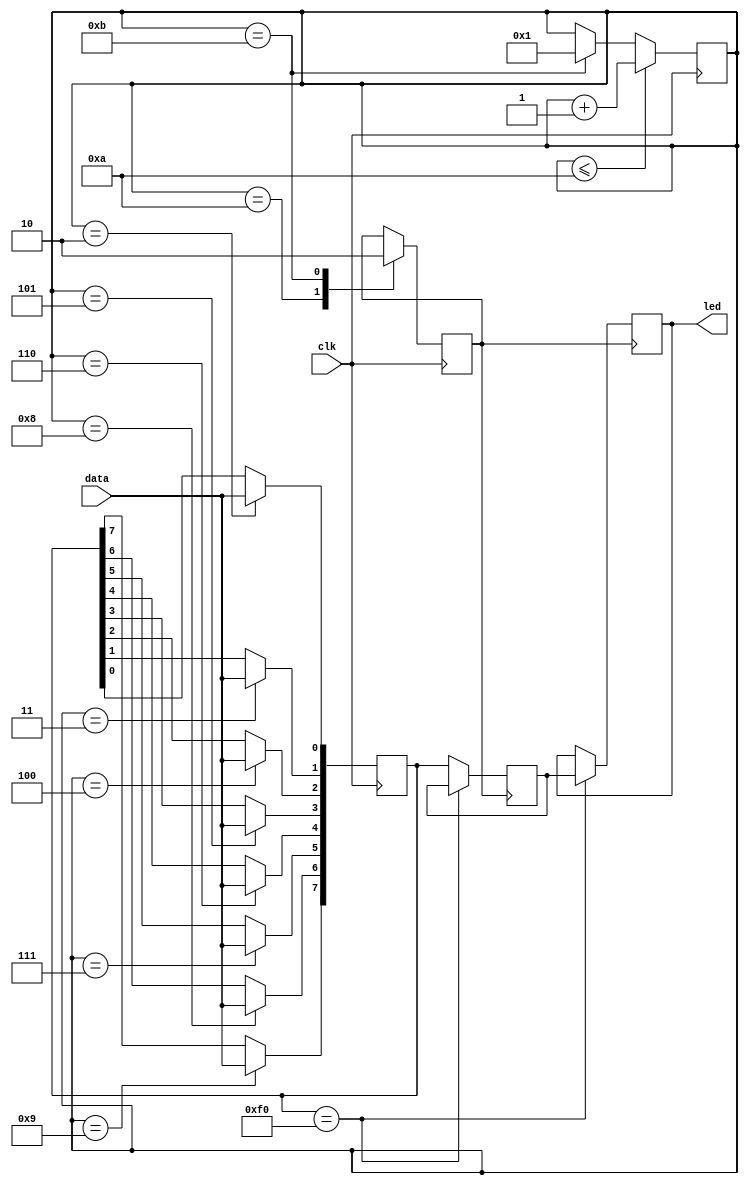
module keyboardtest( 
input wire clk, // Clock pin form keyboard 
input wire data, //Data pin form keyboard 
output reg [7:0] led //Printing input data to led 
); 
 reg [7:0] data_curr; 
 reg [7:0] data_pre; 
 reg [3:0] b; 
 reg flag; 
 
initial 
begin 
b<=4'h1; 
flag<=1'b0; 
data_curr<=8'hf0; 
data_pre<=8'hf0; 
led<=8'hf0; 
end 
 
always @(negedge clk) //Activating at negative edge of clock from keyboard 
begin 
 
case(b) 
1:; //first bit 
2:data_curr[0]<=data; 
3:data_curr[1]<=data; 
4:data_curr[2]<=data; 
5:data_curr[3]<=data; 
6:data_curr[4]<=data; 
7:data_curr[5]<=data; 
8:data_curr[6]<=data; 
9:data_curr[7]<=data; 
10:flag<=1'b1; //Parity bit 
11:flag<=1'b0; //Ending bit 
 
endcase 
 if(b<=10) 
 b<=b+1; 
 
 else if(b==11) 
 b<=1; 
 
 
end 
 
always@(posedge flag) // Printing data obtained to led 
begin 
 
 if(data_curr==8'hf0) 
 led<=data_pre; 
 else 
 data_pre<=data_curr; 
end endmodule